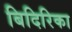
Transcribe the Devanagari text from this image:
बिदिरिका